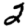
Digit: 2